Civil Veterinary Dept. North-West Frontier Province 1901-22 - 1901-1922
Year: 1901
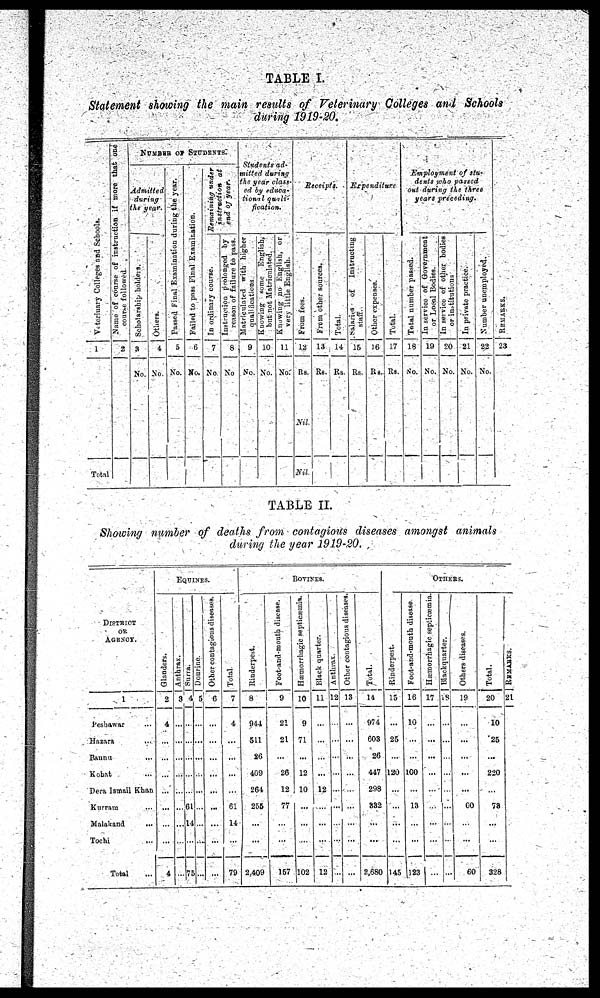
TABLE I.
Statement showing the main results of Veterinary Colleges and Schools
during 1919-20.
Vet er i
nar y Col l
eges and School s .
1
Total
Na me of c o u r s e of i
ns t
r uct i
on if more that one
course followed.
2
NUMBER OF STUDENTS.
Admitted
during
the year.
Scholarship holders.
3
No.
Others.
4
No.
Passed Final Examination during the
year.
5
No.
Failed to pass Final Examination.
6
No.
Remaining under
instruction at
end
of
year.
In ordinary course.
7
No
Instruction prolonged by
reason of failure to pass.
8
No
Students ad-
mitted during
the year class-
ed by educa-
tional quali-
fication.
Matriculated with higher
qualifications.
9
No.
Knowing some English,
but not Matriculated.
10
No.
Knowing no English, or
very little English.
11
No.
Receipts.
From fees.
12
Rs.
Nil.
Nil.
From other sources.
13
Rs.
Total.
14
Rs.
Expenditure
Salaries of
Instructing
staff.
15
Rs.
Other expenses.
16
Rs.
Total.
17
Rs.
Employment of stu-
dents who passed
out during the three
years preceding.
Total number passed.
18
No.
In service of Government
or Local Bodies.
19
No.
In service of other bodies
or instiutions
20
No.
In private practice.
21
No.
Number unemployed.
22
No.
REMARKS .
23
TABLE II.
Showing number of deaths from contagions diseases amongst animals
during the gear 1919-20.
DISTRICT
OR
AGENCY.
1
Peshawar ...
Hazara
...
Bannu ...
Kohat ...
Dera Ismail Khan
Kurram ...
Malakand ...
Tochi ...
Total ...
EQUINES.
Glanders.
2
4
...
...
...
...
...
...
...
4
Anthrax.
3
...
...
...
...
...
...
...
...
...
Surra.
4
...
...
...
...
...
61
14
...
75
Dourine.
5
...
...
...
...
...
...
...
...
...
Other contagious diseases.
6
...
...
...
...
...
...
...
...
...
Total.
7
4
...
...
...
...
...
14
...
79
BOVINES.
Rinderpest.
8
944
511
26
409
261
255
...
...
2,409
Foot-and-mouth disease.
9
21
21
...
26
12
77
...
...
157
Hæmorrhagic septicæmia.
10
9
71
...
12
10
...
...
...
102
Black quarter.
11
...
...
...
...
12
...
...
...
12
Anthrax.
12
...
...
...
...
...
...
...
...
...
Other contagious diseases.
13
...
...
...
...
...
...
...
...
...
Total.
14
974
603
26
447
298
832
...
...
2,680
OTHERS.
Rinderpest.
15
...
25
...
120
...
...
...
...
145
Foot-and-mouth disease.
16
10
...
...
100
...
13
...
...
l23
Hæmorrhagic septicæmia.
17
...
...
...
...
...
...
...
...
...
Blackquarter.
18
...
...
...
...
...
...
...
...
...
Others diseases.
19
...
...
...
...
...
60
...
...
60
Total.
20
10
25
...
220
...
78
...
...
328
REMARKS .
21